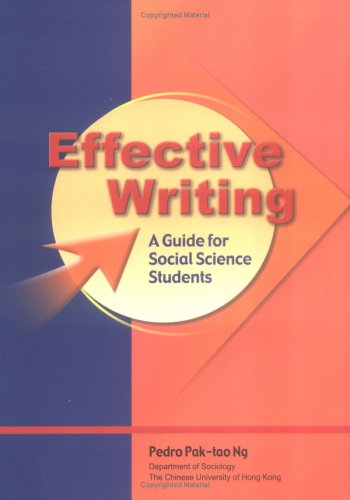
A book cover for Effective Writing: A Guide for Social Science Students; Pedro Pak-tao Ng; Reference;